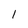
Character: 1